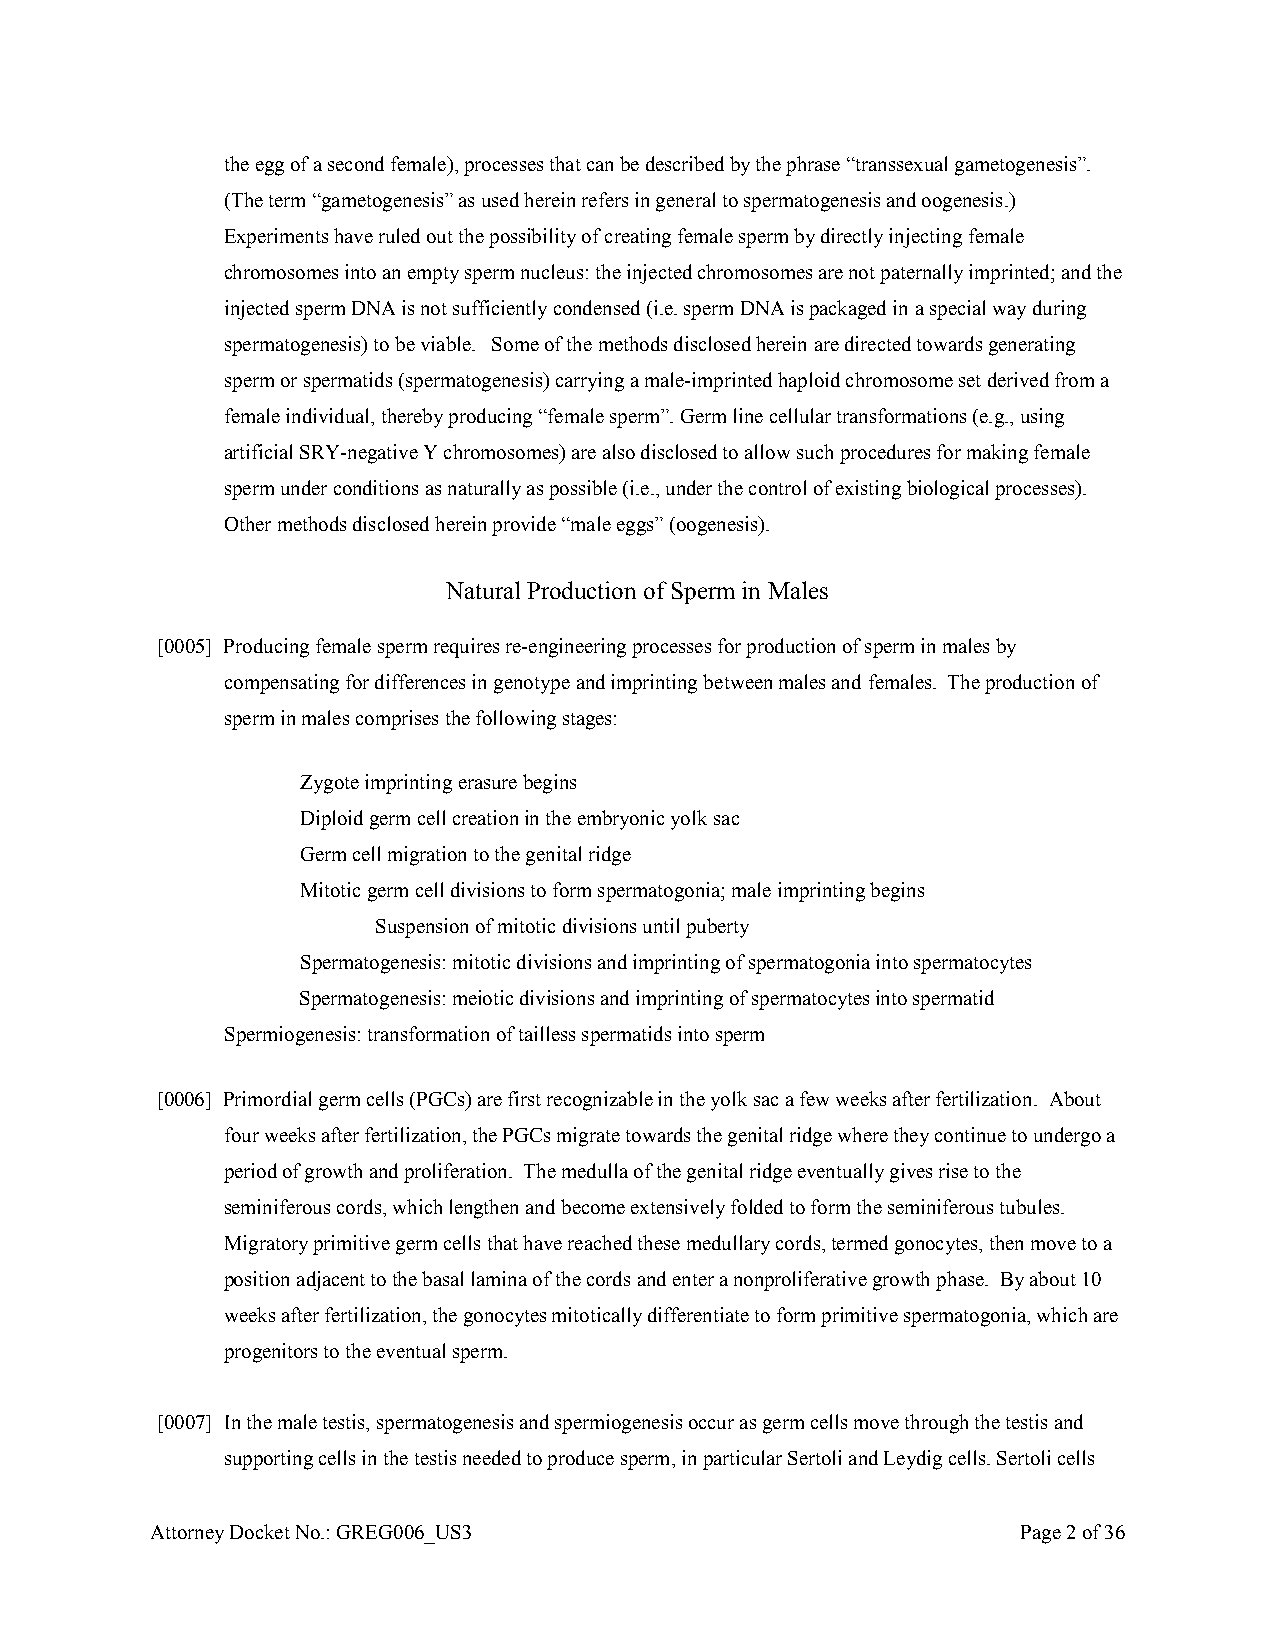
the egg of a second female), processes that can be described by the phrase “transsexual gametogenesis”.
 (The term “gametogenesis” as used herein refers in general to spermatogenesis and oogenesis.)
 Experiments have ruled out the possibility of creating female sperm by directly injecting female
 chromosomes into an empty sperm nucleus: the injected chromosomes are not paternally imprinted; and the
 injected sperm DNA is not sufficiently condensed (i.e. sperm DNA is packaged in a special way during
 spermatogenesis) to be viable. Some of the methods disclosed herein are directed towards generating
 sperm or spermatids (spermatogenesis) carrying a male-imprinted haploid chromosome set derived from a
 female individual, thereby producing “female sperm”. Germ line cellular transformations (e.g., using
 artificial SRY-negative Y chromosomes) are also disclosed to allow such procedures for making female
 sperm under conditions as naturally as possible (i.e., under the control of existing biological processes).
 Other methods disclosed herein provide “male eggs” (oogenesis).
 Natural Production of Sperm in Males
 [0005] Producing female sperm requires re-engineering processes for production of sperm in males by
 compensating for differences in genotype and imprinting between males and females. The production of
 sperm in males comprises the following stages:
 Zygote imprinting erasure begins
 Diploid germ cell creation in the embryonic yolk sac
 Germ cell migration to the genital ridge
 Mitotic germ cell divisions to form spermatogonia; male imprinting begins
 Suspension of mitotic divisions until puberty
 Spermatogenesis: mitotic divisions and imprinting of spermatogonia into spermatocytes
 Spermatogenesis: meiotic divisions and imprinting of spermatocytes into spermatid
 Spermiogenesis: transformation of tailless spermatids into sperm
 [0006] Primordial germ cells (PGCs) are first recognizable in the yolk sac a few weeks after fertilization. About
 four weeks after fertilization, the PGCs migrate towards the genital ridge where they continue to undergo a
 period of growth and proliferation. The medulla of the genital ridge eventually gives rise to the
 seminiferous cords, which lengthen and become extensively folded to form the seminiferous tubules.
 Migratory primitive germ cells that have reached these medullary cords, termed gonocytes, then move to a
 position adjacent to the basal lamina of the cords and enter a nonproliferative growth phase. By about 10
 weeks after fertilization, the gonocytes mitotically differentiate to form primitive spermatogonia, which are
 progenitors to the eventual sperm.
 [0007] In the male testis, spermatogenesis and spermiogenesis occur as germ cells move through the testis and
 supporting cells in the testis needed to produce sperm, in particular Sertoli and Leydig cells. Sertoli cells
 Attorney Docket No.: GREG006_US3                          Page 2 of 36